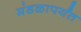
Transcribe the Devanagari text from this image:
मंडळापर्यंत